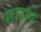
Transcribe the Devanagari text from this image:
मासरे